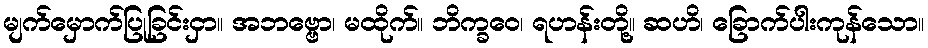
မျက်မှောက်ပြုခြင်းငှာ။ အဘဗ္ဗော၊ မထိုက်။ ဘိက္ခဝေ၊ ရဟန်းတို့။ ဆဟိ၊ ခြောက်ပါးကုန်သော။